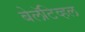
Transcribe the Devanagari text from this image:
बेलॅटिव्हल